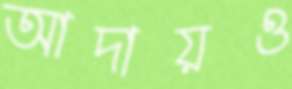
আদায়ও